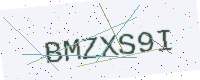
Text: BMZXS9I